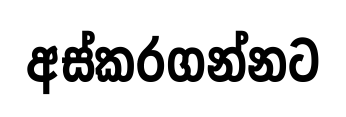
අස්කරගන්නට